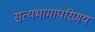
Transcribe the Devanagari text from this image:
सत्यभामापरिणय